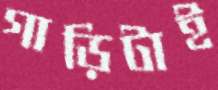
গাড়িটাই